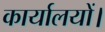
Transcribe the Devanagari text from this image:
कार्यालयों।